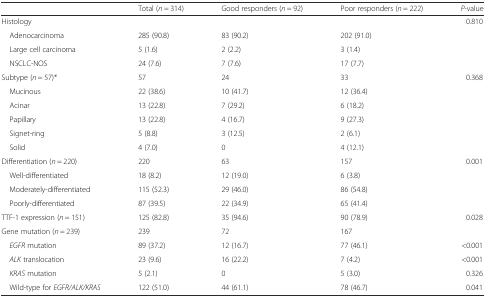
|  | Total (n = 314) | Good responders (n = 92) | Poor responders (n = 222) | P-value |
 | --- | --- | --- | --- | --- |
 | Histology |  |  |  | 0.810 |
 | Adenocarcinoma | 285 (90.8) | 83 (90.2) | 202 (91.0) |  |
 | Large cell carcinoma | 5 (1.6) | 2 (2.2) | 3 (1.4) |  |
 | NSCLC-NOS | 24 (7.6) | 7 (7.6) | 17 (7.7) |  |
 | Subtype (n = 57)* | 57 | 24 | 33 | 0.368 |
 | Mucinous | 22 (38.6) | 10 (41.7) | 12 (36.4) |  |
 | Acinar | 13 (22.8) | 7 (29.2) | 6 (18.2) |  |
 | Papillary | 13 (22.8) | 4 (16.7) | 9 (27.3) |  |
 | Signet-ring | 5 (8.8) | 3 (12.5) | 2 (6.1) |  |
 | Solid | 4 (7.0) | 0 | 4 (12.1) |  |
 | Differentiation (n = 220) | 220 | 63 | 157 | 0.001 |
 | Well-differentiated | 18 (8.2) | 12 (19.0) | 6 (3.8) |  |
 | Moderately-differentiated | 115 (52.3) | 29 (46.0) | 86 (54.8) |  |
 | Poorly-differentiated | 87 (39.5) | 22 (34.9) | 65 (41.4) |  |
 | TTF-1 expression (n = 151) | 125 (82.8) | 35 (94.6) | 90 (78.9) | 0.028 |
 | Gene mutation (n = 239) | 239 | 72 | 167 |  |
 | EGFR mutation | 89 (37.2) | 12 (16.7) | 77 (46.1) | <0.001 |
 | ALK translocation | 23 (9.6) | 16 (22.2) | 7 (4.2) | <0.001 |
 | KRAS mutation | 5 (2.1) | 0 | 5 (3.0) | 0.326 |
 | Wild-type for EGFR/ALK/KRAS | 122 (51.0) | 44 (61.1) | 78 (46.7) | 0.041 |